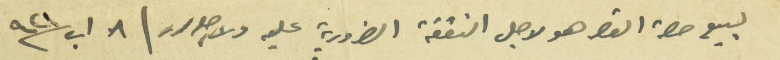
لبيع حصة القاصر هو لاجل النفقة الضرورية عليه ولاجله حرر / ٨ اب سنة ٩٢١